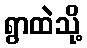
ရွာထဲသို့